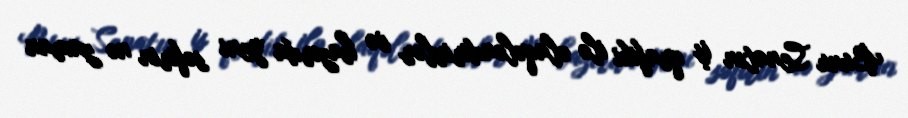
Bunu Senatın iş qrafiki ilə əlaqələndirirlər və hazırda yeni səfirin nə zaman